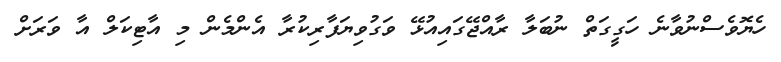
ހެޔޮވެސްނުވާނެ ހަގީގަތް ނުބަލާ ރާއްޖޭގައިއުޅޭ ވަގުވިޔަފާރިކުރާ އެންމެން މި އާޓިކަލް އާ ވަރަށް